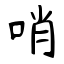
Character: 哨